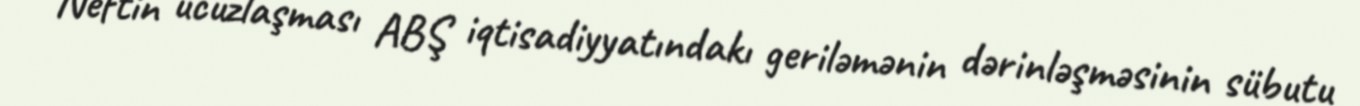
Neftin ucuzlaşması ABŞ iqtisadiyyatındakı geriləmənin dərinləşməsinin sübutu